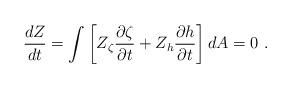
LaTeX: \begin{align*}\frac{dZ}{dt}= \int \left[ Z_{\zeta} \frac{\partial \zeta}{\partial t} + Z_{h} \frac{\partial h}{\partial t} \right] dA = 0~.\end{align*}